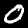
Digit: 0